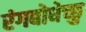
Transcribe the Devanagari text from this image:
रंगबोधेच्छु